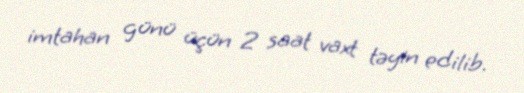
imtahan günü üçün 2 saat vaxt təyin edilib.